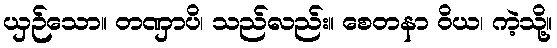
ယှဉ်သော။ တဏှာပိ၊ သည်လည်း။ စေတနာ ဝိယ၊ ကဲ့သို့။